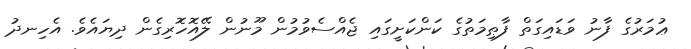
ޢުމަރުގެ ފާނު ވަޑައިގަތް ފާޠިމަތުގެ ކަންކަށީގައި ޖެއްސެވުމުން މޫނުން ލޭއޮހޮރިގެން ދިޔައެވެ. އެހިނދު